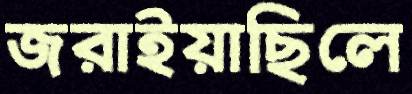
জরাইয়াছিলে